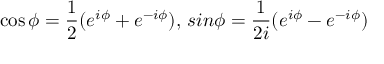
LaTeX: \cos \phi = \frac { 1 } { 2 } ( e ^ { i \phi } + e ^ { - i \phi } ) , \, s i n \phi = \frac { 1 } { 2 i } ( e ^ { i \phi } - e ^ { - i \phi } )